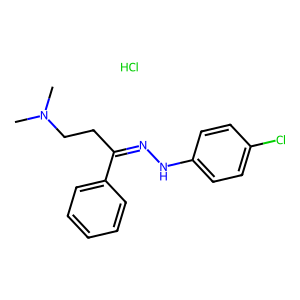
SMILES: CN(C)CCC(=NNc1ccc(Cl)cc1)c1ccccc1.Cl
Inhibits HIV replication: No